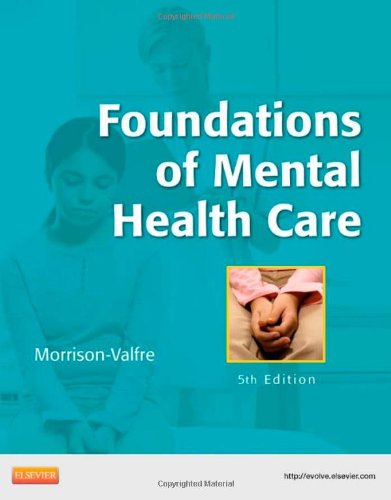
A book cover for Foundations of Mental Health Care, 5e; Michelle Morrison-Valfre RN  BSN  MHS  FNP; Medical Books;